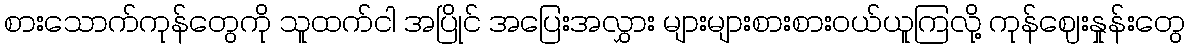
စားသောက်ကုန်တွေကို သူထက်ငါ အပြိုင် အပြေးအလွှား များများစားစားဝယ်ယူကြလို့ ကုန်ဈေးနှုန်းတွေ